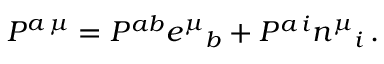
{ \cal P } ^ { a \, \mu } = { \cal P } ^ { a b } e ^ { \mu } { } _ { b } + { \cal P } ^ { a \, i } n ^ { \mu } { } _ { i } \, .